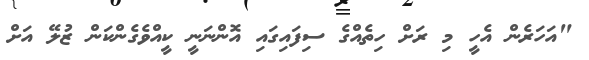
"އަހަރެން އެހީ މި ރަށް ހިތެއްގެ ސިފައިގައި އޮންނަނީ ކީއްވެގެންކަން ޒުލޭ އަށް